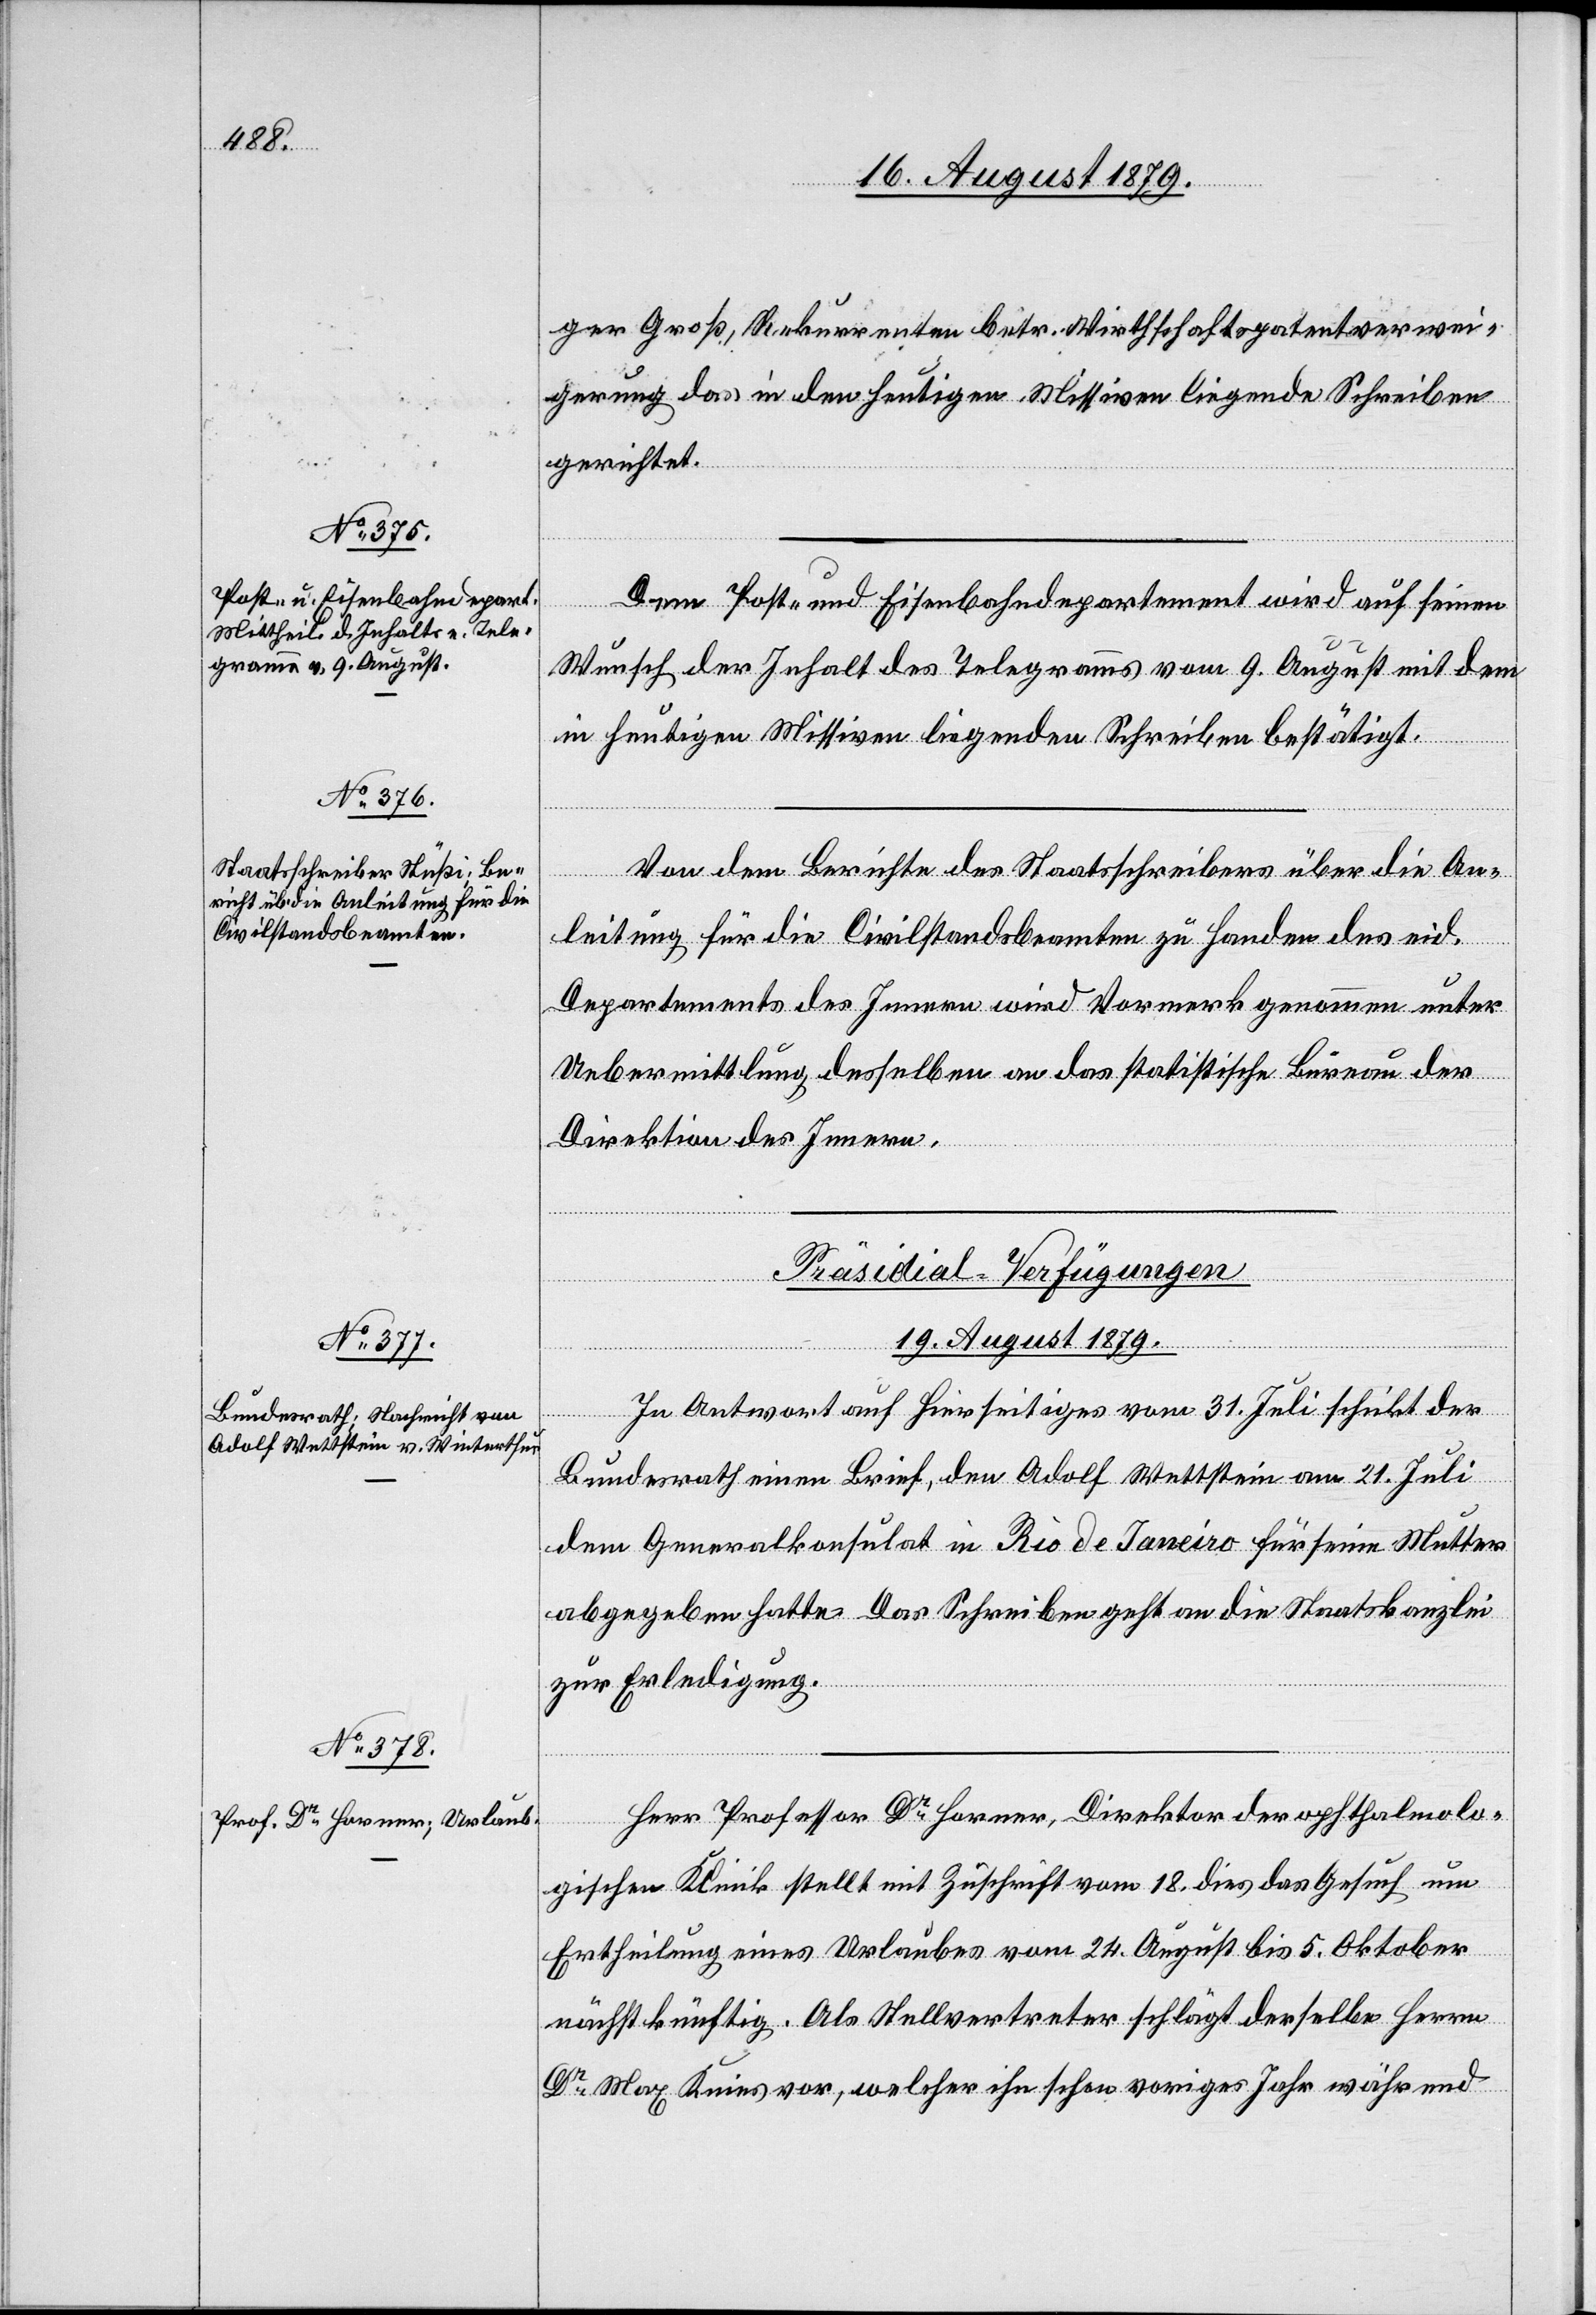
ger Groß, Rekurrenten betr. Wirthschaftspatentverwei¬
gerung das in den heutigen Missiven liegende Schreiben
gerichtet.
Dem Post- und Eisenbahndepartement wird auf seinen
Wunsch der Inhalt des Telegramms vom 9. August mit dem
in heutigen Missiven liegenden Schreiben bestätigt.
Von dem Berichte des Staatsschreibers über die An¬
leitung für die Civilstandsbeamten zu Handen des eid.
Departements des Innern wird Vormerk genommen unter
Uebermittlung desselben an das statistische Büreau der
Direktion des Innern.
[Präsidial-Verfügungen
19. August 1879.]
In Antwort auf Hierseitiges vom 31. Juli schickt der
Bundesrath einen Brief, den Adolf Wettstein am 21. Juli
dem Generalkonsulat in Rio de Janeiro für seine Mutter
abgegeben hatte. Das Schreiben geht an die Staatskanzlei
zur Erledigung.
Herr Professor Dr Horner, Direktor der opthalmolo¬
gischen Klinik stellt mit Zuschrift vom 18. dies das Gesuch um
Ertheilung eines Urlaubes vom 24. August bis 5. Oktober
nächstkünftig. Als Stellvertreter schlägt derselbe Herrn
Dr Max Knies vor, welcher ihn schon voriges Jahr während